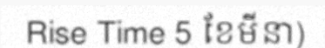
Rise Time 5 ខែមីនា)